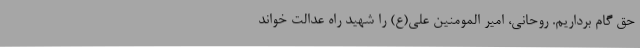
حق گام برداریم. روحانی، امیر المومنین علی(ع) را شهید راه عدالت خواند